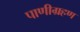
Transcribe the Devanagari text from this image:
पाणीग्रहण